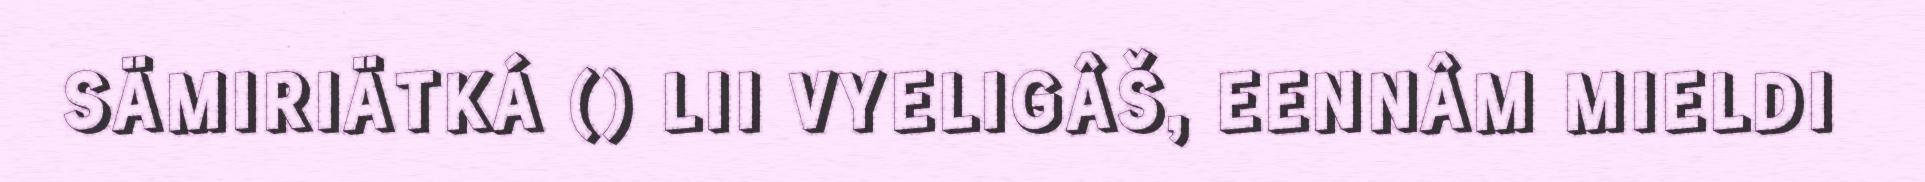
SÄMIRIÄTKÁ () LII VYELIGÂŠ, EENNÂM MIELDI